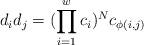
LaTeX: \begin{align*}d_i d_j =(\prod_{i=1}^w c_i)^N c_{\phi(i,j)}\end{align*}